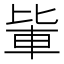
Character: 𨋅